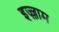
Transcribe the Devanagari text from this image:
इज़्ज़ाम